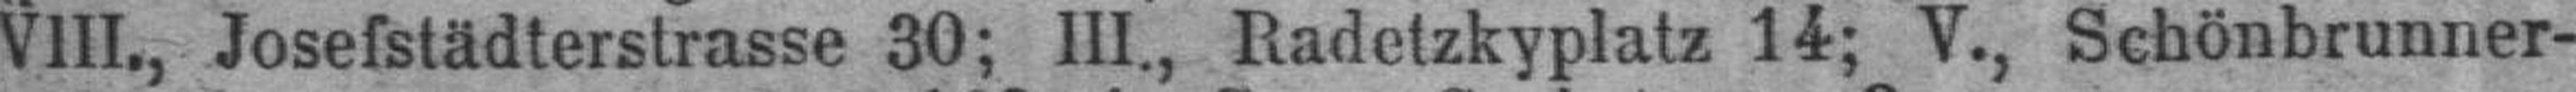
VIII., Josefstädterstrasse 30; III., Radetzkyplatz 14; V., Schönbrunner¬